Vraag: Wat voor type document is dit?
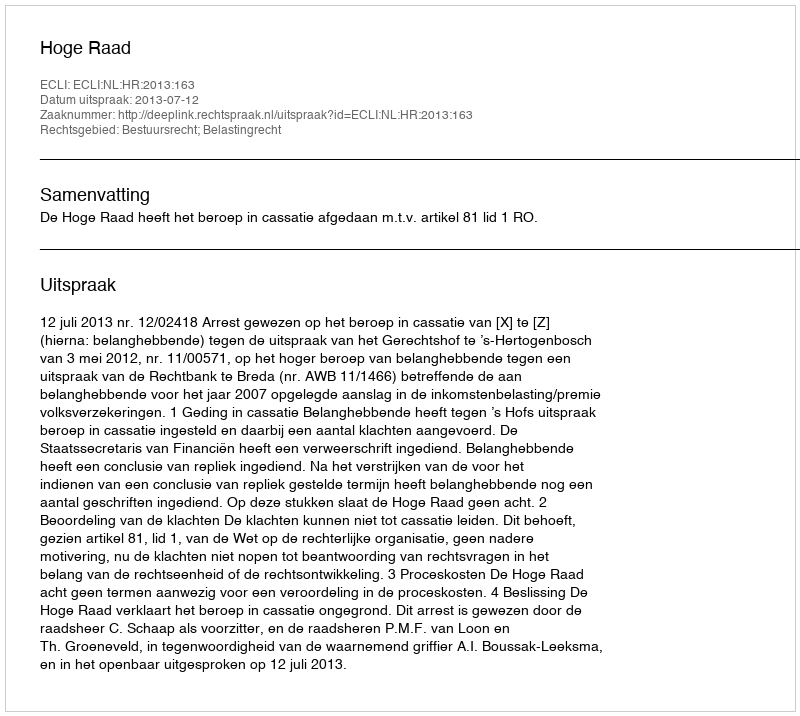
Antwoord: Uitspraak